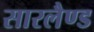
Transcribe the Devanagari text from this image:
सारलैण्ड